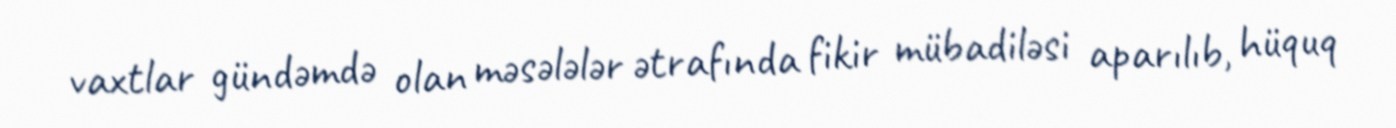
vaxtlar gündəmdə olan məsələlər ətrafında fikir mübadiləsi aparılıb, hüquq